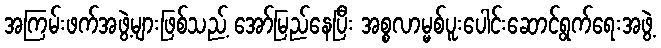
အကြမ်းဖက်အဖွဲ့များဖြစ်သည့် အော်မြည်နေပြီး အစ္စလာမ္မစ်ပူးပေါင်းဆောင်ရွက်ရေးအဖွဲ့